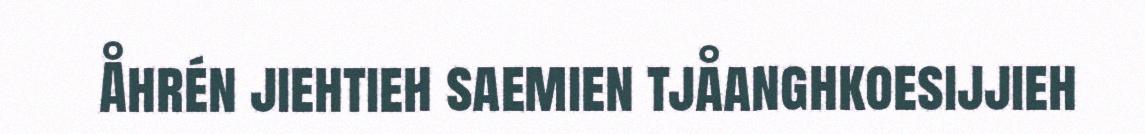
Åhrén jiehtieh saemien tjåanghkoesijjieh